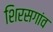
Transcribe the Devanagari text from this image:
शिरसगांव